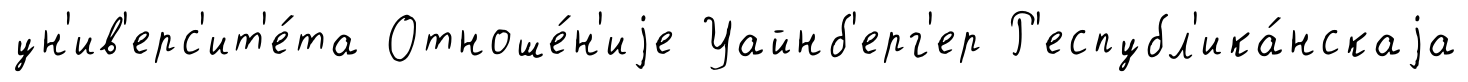
ун'ив'ерс'ит'е́та Отноше́н'иjе Уайнб'ерг'ер Р'еспубл'ика́нскаjа